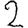
Digit: 2